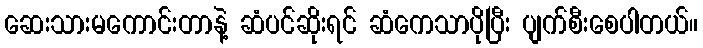
ဆေးသားမကောင်းတာနဲ့ ဆံပင်ဆိုးရင် ဆံကေသာပိုပြီး ပျက်စီးစေပါတယ်။